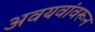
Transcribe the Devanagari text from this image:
अवयवांवरून